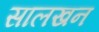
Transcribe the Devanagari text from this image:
सालखन